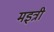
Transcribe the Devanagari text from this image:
मइत्री